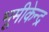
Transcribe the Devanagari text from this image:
भूमीकेन्द्र